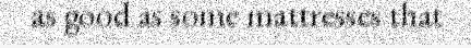
as good as some mattresses that